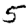
Digit: 5